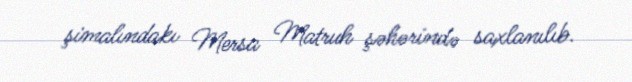
şimalındakı Mersa Matruh şəhərində saxlanılıb.